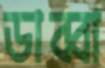
ডাব্বা